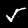
Digit: 5